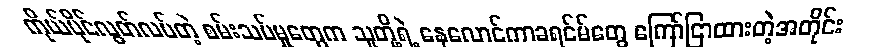
ကိုယ်ပိုင်လွတ်လပ်တဲ့ စမ်းသပ်မှုတွေက သူတို့ရဲ့ နေလောင်ကာခရင်မ်တွေ ကြော်ငြာထားတဲ့အတိုင်း